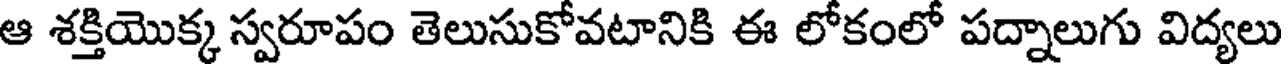
ఆ శక్తియొక్క స్వరూపం తెలుసుకోవటానికి ఈ లోకంలో పద్నాలుగు విద్యలు